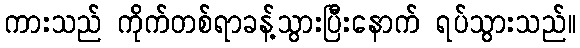
ကားသည် ကိုက်တစ်ရာခန့်သွားပြီးနောက် ရပ်သွားသည်။